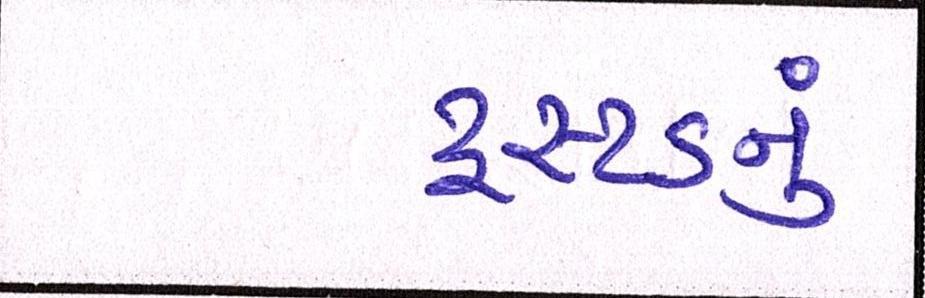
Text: ટ્રસ્ટડનું